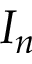
I _ { n }